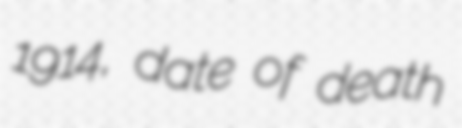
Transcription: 1914, date of death